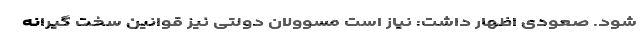
شود. صعودی اظهار داشت: نیاز است مسوولان دولتی نیز قوانین سخت گیرانه